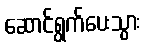
ဆောင်ရွက်ပေးသွား